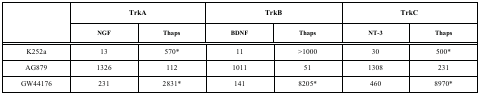
<table><thead><tr><td rowspan="2"></td><td colspan="2"><b>TrkA</b></td><td colspan="2"><b>TrkB</b></td><td colspan="2"><b>TrkC</b></td></tr><tr><td><b>NGF</b></td><td><b>Thaps</b></td><td><b>BDNF</b></td><td><b>Thaps</b></td><td><b>NT-3</b></td><td><b>Thaps</b></td></tr></thead><tbody><tr><td>K252a</td><td>13</td><td>570*</td><td>11</td><td>&gt;1000</td><td>30</td><td>500*</td></tr><tr><td>AG879</td><td>1326</td><td>112</td><td>1011</td><td>51</td><td>1308</td><td>231</td></tr><tr><td>GW44176</td><td>231</td><td>2831*</td><td>141</td><td>8205*</td><td>460</td><td>8970*</td></tr></tbody></table>